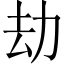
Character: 劫